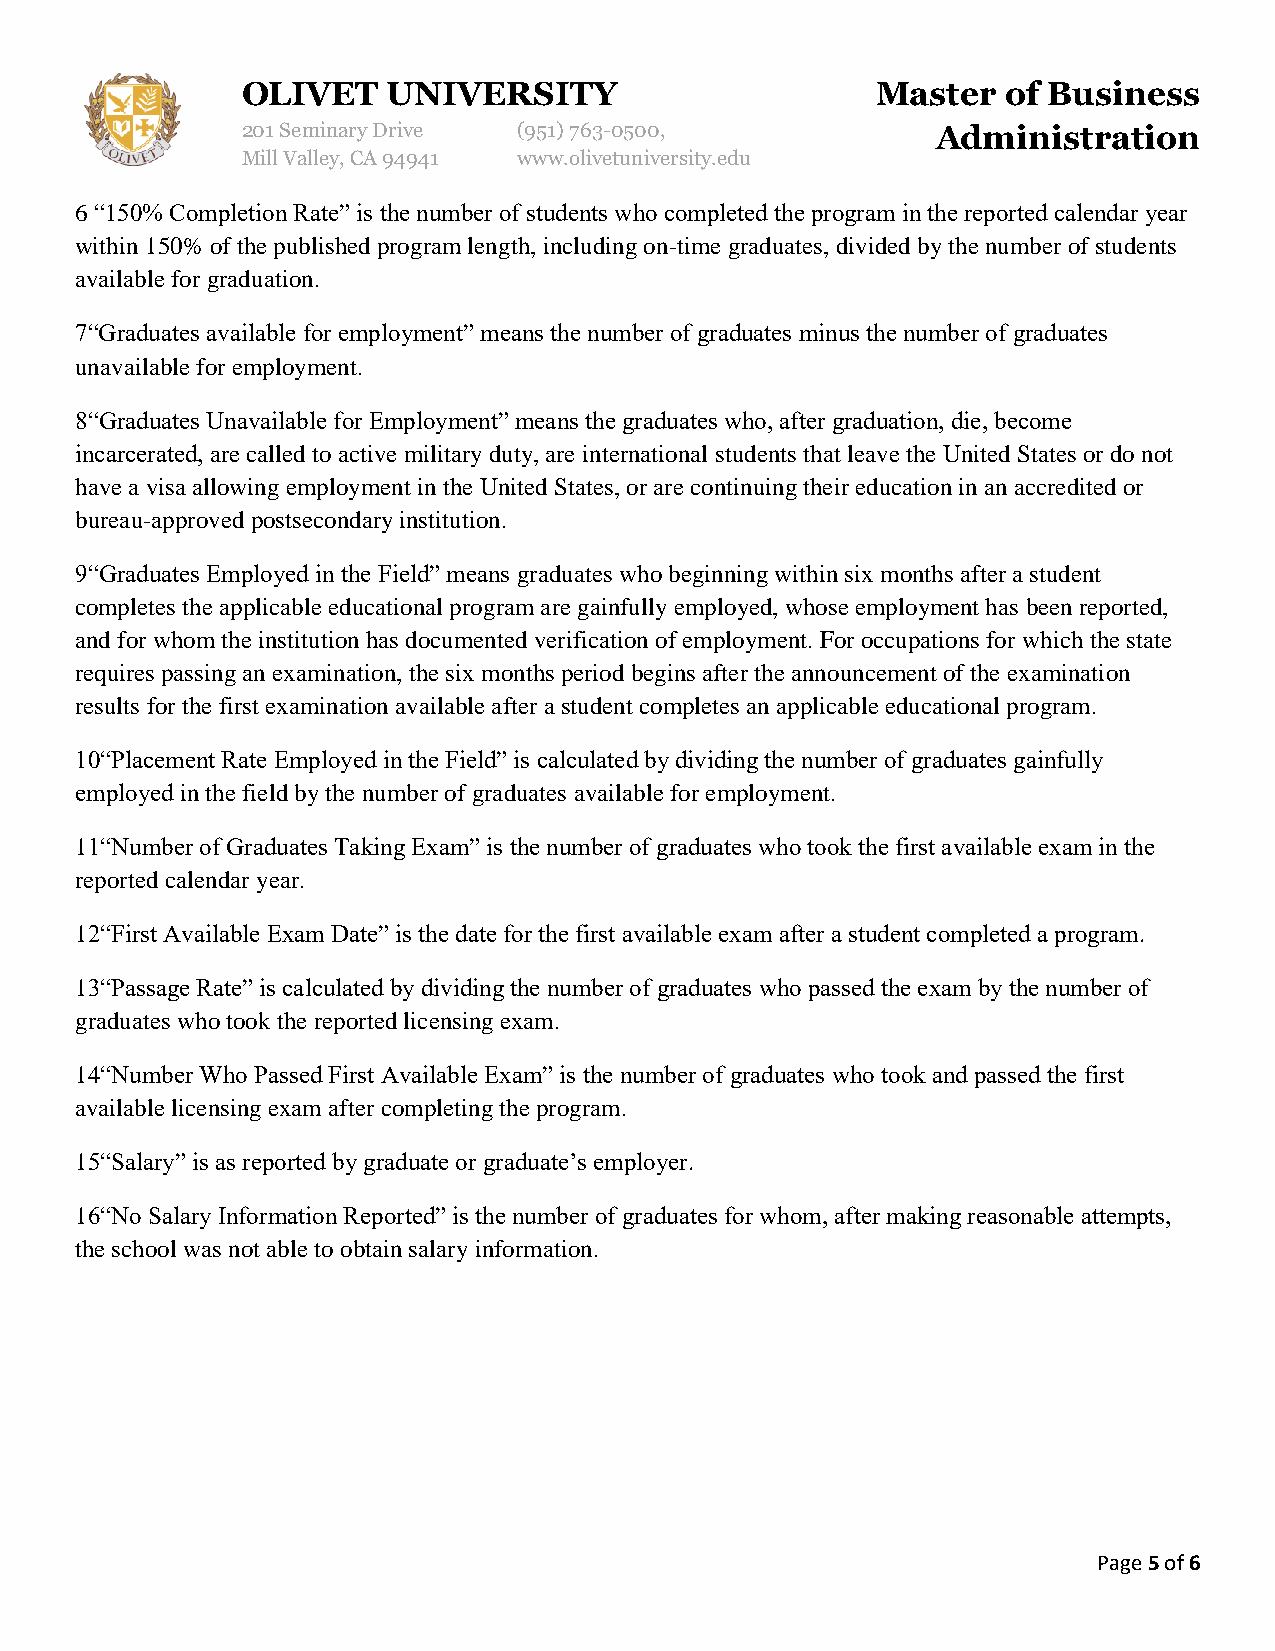
OLIVET    UNIVERSITY                      Master   of Business
 201 Seminary Drive (951)763-0500,             Administration
 Mill Valley, CA 94941 www.olivetuniversity.edu
 6 “150% Completion Rate” is the number of students who completed the program in the reported calendar year
 within 150% of the published program length, including on-time graduates, divided by the number of students
 available for graduation.
 7“Graduates available for employment” means the number of graduates minus the number of graduates
 unavailable for employment.
 8“Graduates Unavailable for Employment” means the graduates who, after graduation, die, become
 incarcerated, are called to active military duty, are international students that leave the United States or do not
 have a visa allowing employment in the United States, or are continuing their education in an accredited or
 bureau-approved postsecondary institution.
 9“Graduates Employed in the Field” means graduates who beginning within six months after a student
 completes the applicable educational program are gainfully employed, whose employment has been reported,
 and for whom the institution has documented verification of employment. For occupations for which the state
 requires passing an examination, the six months period begins after the announcement of the examination
 results for the first examination available after a student completes an applicable educational program.
 10“Placement Rate Employed in the Field” is calculated by dividing the number of graduates gainfully
 employed in the field by the number of graduates available for employment.
 11“Number of Graduates Taking Exam” is the number of graduates who took the first available exam in the
 reported calendar year.
 12“First Available Exam Date” is the date for the first available exam after a student completed a program.
 13“Passage Rate” is calculated by dividing the number of graduates who passed the exam by the number of
 graduates who took the reported licensing exam.
 14“Number Who Passed First Available Exam” is the number of graduates who took and passed the first
 available licensing exam after completing the program.
 15“Salary” is as reported by graduate or graduate’s employer.
 16“No Salary Information Reported” is the number of graduates for whom, after making reasonable attempts,
 the school was not able to obtain salary information.
 Page 5 of 6